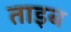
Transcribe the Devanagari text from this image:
ताइब